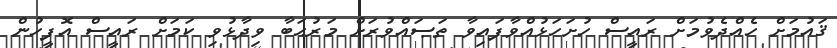
ޤައުމަށް ހެއްދެވުމަށް ރައީސް ހުށަހަޅުއްވާފައިވާ ތަޞައްވުރަށް މަރުޙަބާ ވިދާޅުވި ކަމަށް ރައީސް އޮފީހުން